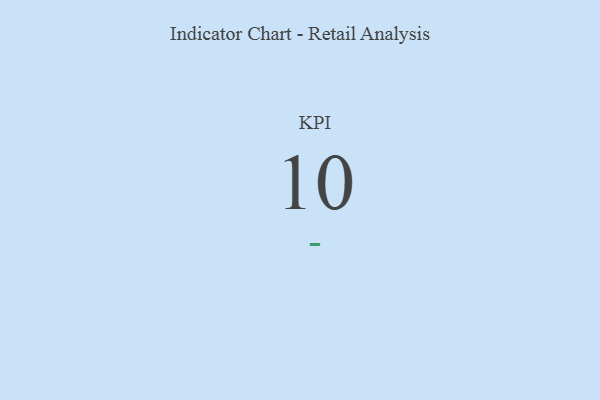
{"axis": {"x": "KPI", "y": "Value"}, "legend": [""], "data": [{"x": "KPI", "y": 10, "type": ""}]}